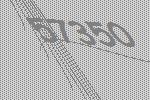
57350